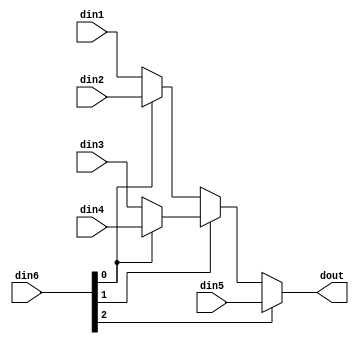
module sp_mux_5to1_sel3_4_1 #(
parameter
    ID                = 0,
    NUM_STAGE         = 1,
    din1_WIDTH       = 32,
    din2_WIDTH       = 32,
    din3_WIDTH       = 32,
    din4_WIDTH       = 32,
    din5_WIDTH       = 32,
    din6_WIDTH         = 32,
    dout_WIDTH            = 32
)(
    input  [3 : 0]     din1,
    input  [3 : 0]     din2,
    input  [3 : 0]     din3,
    input  [3 : 0]     din4,
    input  [3 : 0]     din5,
    input  [2 : 0]    din6,
    output [3 : 0]   dout);

// puts internal signals
wire [2 : 0]     sel;
// level 1 signals
wire [3 : 0]         mux_1_0;
wire [3 : 0]         mux_1_1;
wire [3 : 0]         mux_1_2;
// level 2 signals
wire [3 : 0]         mux_2_0;
wire [3 : 0]         mux_2_1;
// level 3 signals
wire [3 : 0]         mux_3_0;

assign sel = din6;

// Generate level 1 logic
assign mux_1_0 = (sel[0] == 0)? din1 : din2;
assign mux_1_1 = (sel[0] == 0)? din3 : din4;
assign mux_1_2 = din5;

// Generate level 2 logic
assign mux_2_0 = (sel[1] == 0)? mux_1_0 : mux_1_1;
assign mux_2_1 = mux_1_2;

// Generate level 3 logic
assign mux_3_0 = (sel[2] == 0)? mux_2_0 : mux_2_1;

// output logic
assign dout = mux_3_0;

endmodule